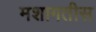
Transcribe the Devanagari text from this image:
मशागतीस